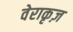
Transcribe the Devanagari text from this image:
वेराकृज़